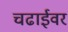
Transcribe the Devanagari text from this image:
चढाईवर